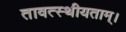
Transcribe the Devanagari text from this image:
तावत्स्थीयताम्।